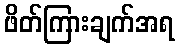
ဖိတ်ကြားချက်အရ